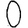
Digit: 0